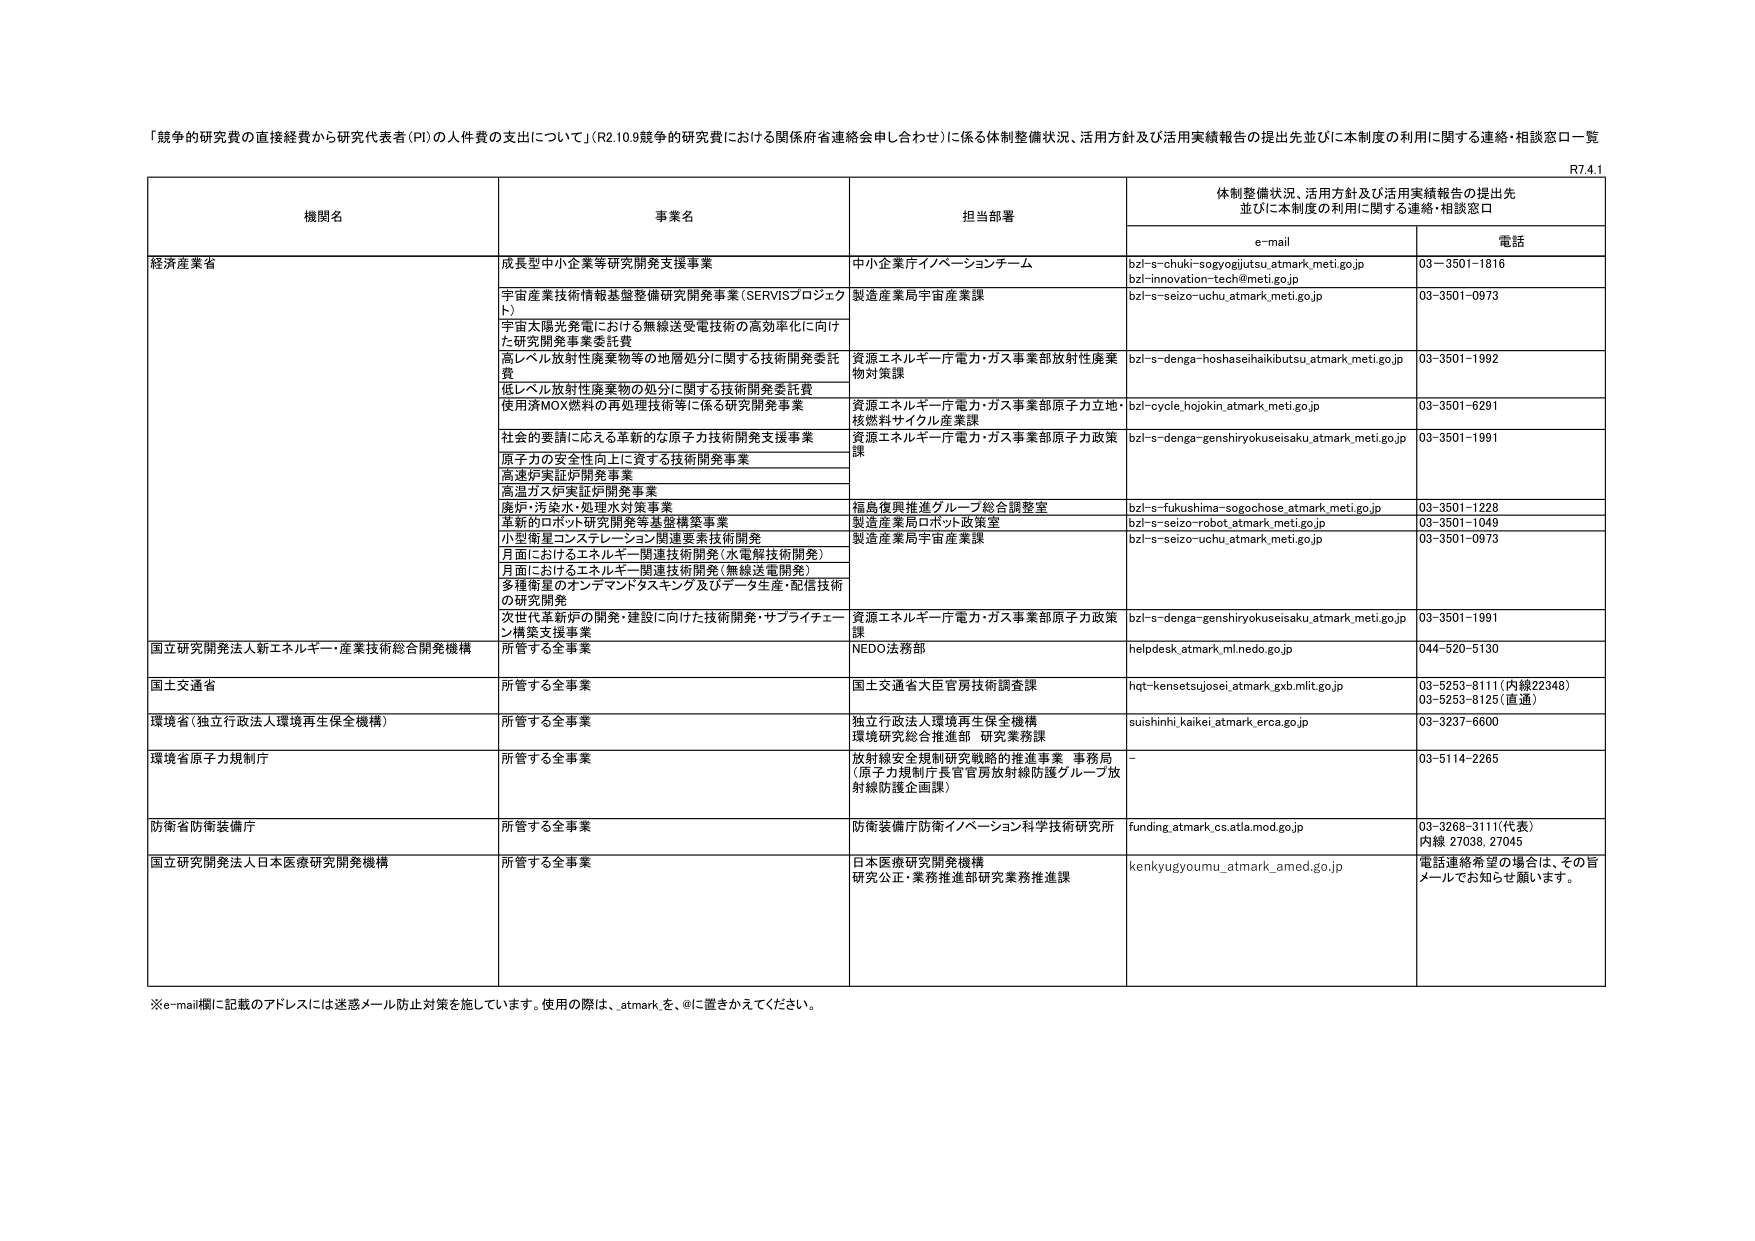
「競争的研究費の直接経費から研究代表者（PI）の人件費の支出について」（R2.10.9競争的研究費における関係府省連絡会申し合わせ）に係る体制整備状況、活用方針及び活用実績報告の提出先並びに本制度の利用に関する連絡・相談窓口一覧

R7.4.1

機関名